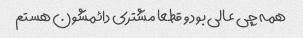
همه چی عالی بود و قطعا مشتری دائمشون هستم